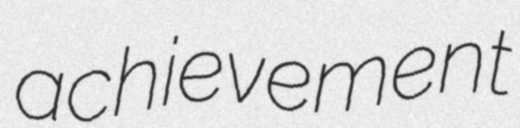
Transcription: achievement